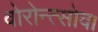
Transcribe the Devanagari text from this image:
वोरोन्त्सोव।